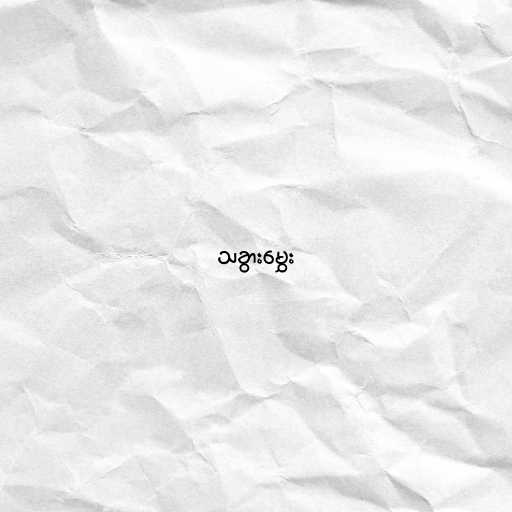
သခွားမွှေး